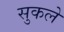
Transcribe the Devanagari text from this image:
सुकले